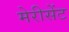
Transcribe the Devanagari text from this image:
मेरीसेंट